Insane asylums in Bengal annual reports 1867-1875 - 1867-1875
Year: 1867
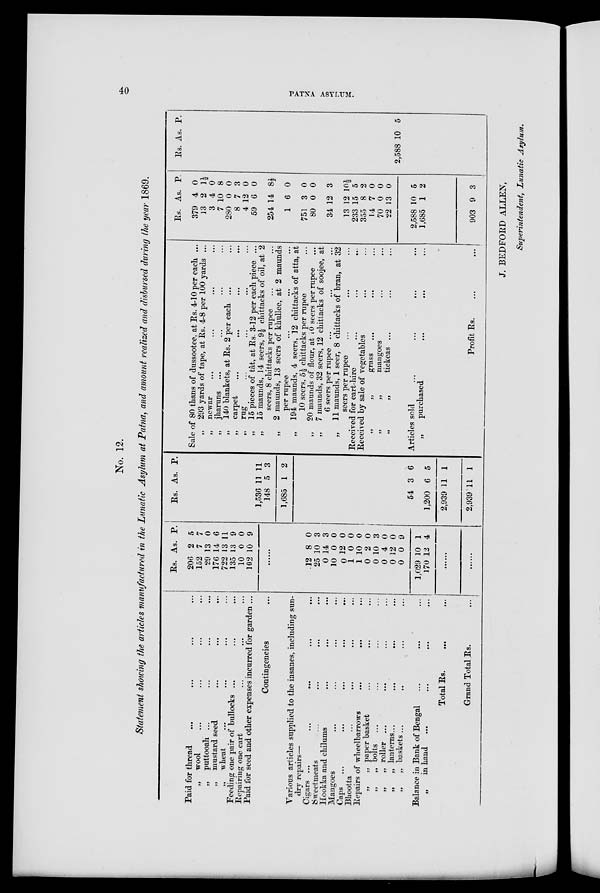
40
PATNA ASYLUM.
No. 12.
Statement showing the articles manufactured in the Lunatic Asylum at Patna, and amount realized and disbursed during the year 1869.
Paid for thread ... ... ... ...
„
wool ... ... ... ...
„ puttooah ...
...
...
...
„
mustard seed
...
...
...
„
wheat ... ... ... ...
Feeding one pair of bullocks ... ... ...
Repairing one cart ... ... ...
Paid for seed and other expenses incurred for garden ...
Contingencies ...
Various articles supplied to the insanes, including sun-
dry repairs—
Cigars ...
...
...
...
...
Sweetmeats ... ... ... ...
Hookka and chilums ... ... ...
Mangoes ... ... ... ...
Caps ... ... ... ... ...
Bhootta ... ... ... ...
Repairs of wheelbarrows ... ... ...
„
„ paper basket ... ... ...
„
„ bolts ... ... ... ...
„
„ roller ... ... ... ...
„
„ lanterns ...
...
...
...
„
„ baskets ... ... ... ...
Balance in Bank of Bengal ... ... ...
„
in hand ... ... ... ...
Total
Rs.
... ...
Grand Total Rs. ...
Rs.
206
152
29
176
722
135
10
102
As.
2
7
13
14
13
13
0
10
P.
5
7
0
6
11
9
0
9
12
25
0
10
0
1
1
0
0
0
0
0
1,029
170
8
10
14
0
12
0
10
2
10
4
12
0
10
12
0
3
3
0
0
0
0
0
3
0
0
9
1
4
......
......
Rs.
1,536
148
1,685
54
1,200
2,939
2,939
As.
11
5
1
3
6
11
11
P.
11
3
2
6
5
1
1
Sale of 80 thans of dussootee, at Rs. 4-10 per each ...
„
293 yards of tape, at Rs. 4-8 per 100 yards ...
„
newar ... ... ... ...
„ jharuns ... ... ... ...
„
140 blankets, at Rs. 2 per each ... ...
„
carpet ... ... ... ...
„
rug ... ... ... ...
„
15 pieces of tât, at Rs. 3-12 per each piece ...
„
15 maunds, 14 seers, 9½ chittacks of oil, at 2
seers, 8 chittacks per rupee ... ...
„ 2 maunds, 13 seers of khullee, at 2 maunds
per rupee ... ... ...
„
194 maunds, 4 seers, 12 chittacks of atta, at
10 seers, 5½ chittacks per rupee ...
„ 20 maunds of flour, at 10 seers per rupee ...
„
7 maunds, 32 seers, 12 chittacks of soojee, at
6 seers per rupee ... ... ...
„
11 maunds, 1 seer, 8 chittacks of bran, at 32
seers per rupee ... ... ...
Received for cart-hire ... ... ...
Received by sale of vegetables ... ...
„
„
grass
...
...
...
„
„
mangoes ... ...
„
„
tickeas ... ... ...
Articles sold
...
...
... ...
„
purchased ... ... ...
Profit Rs. ... ...
Rs.
379
13
3
7
280
8
4
59
254
1
751
80
34
13
233
355
14
70
22
2,588
1,685
903
As.
4
2
4
10
0
7
12
6
14
6
3
0
12
12
15
8
7
0
13
10
1
9
P.
0
1½
0
8
0
3
0
0
8½
0
0
0
3
10½
5
2
0
0
0
5
2
3
Rs.
2,588
As.
10
P.
5
J. BEDFORD ALLEN,
Superintendent, Lunatic Asylum.